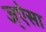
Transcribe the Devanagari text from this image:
ज्ऐसा